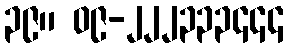
၃၉။ ၀၉-၂၂၂၃၃၃၄၄၄